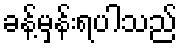
ခန့်မှန်းရပါသည်